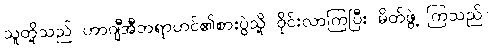
သူတို့သည် ဟာဂျီအီဘရာဟင်၏စားပွဲသို့ ဝိုင်းလာကြပြီး မိတ်ဖွဲ့ ကြသည်။